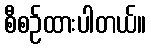
စီစဉ်ထားပါတယ်။